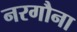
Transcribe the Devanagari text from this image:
नरगौना